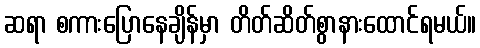
ဆရာ စကားပြောနေချိန်မှာ တိတ်ဆိတ်စွာနားထောင်ရမယ်။